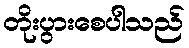
တိုးပွားစေပါသည်